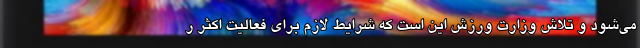
می‌شود و تلاش وزارت ورزش این است که شرایط لازم برای فعالیت اکثر ر